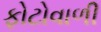
ફોટોવાળી